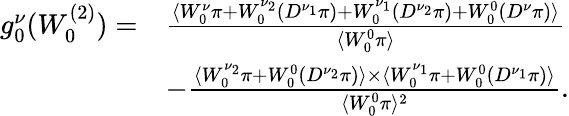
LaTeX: \begin{array}{rl}{g_{0}^{\nu}(W_{0}^{(2)})=}&{\frac{\langle W_{0}^{\nu}\pi+W_{0}^{\nu_{2}}(D^{\nu_{1}}\pi)+W_{0}^{\nu_{1}}(D^{\nu_{2}}\pi)+W_{0}^{0}(D^{\nu}\pi)\rangle}{\langle W_{0}^{0}\pi\rangle}}\\ &{-\frac{\langle W_{0}^{\nu_{2}}\pi+W_{0}^{0}(D^{\nu_{2}}\pi)\rangle\times\langle W_{0}^{\nu_{1}}\pi+W_{0}^{0}(D^{\nu_{1}}\pi)\rangle}{\langle W_{0}^{0}\pi\rangle^{2}}.}\end{array}